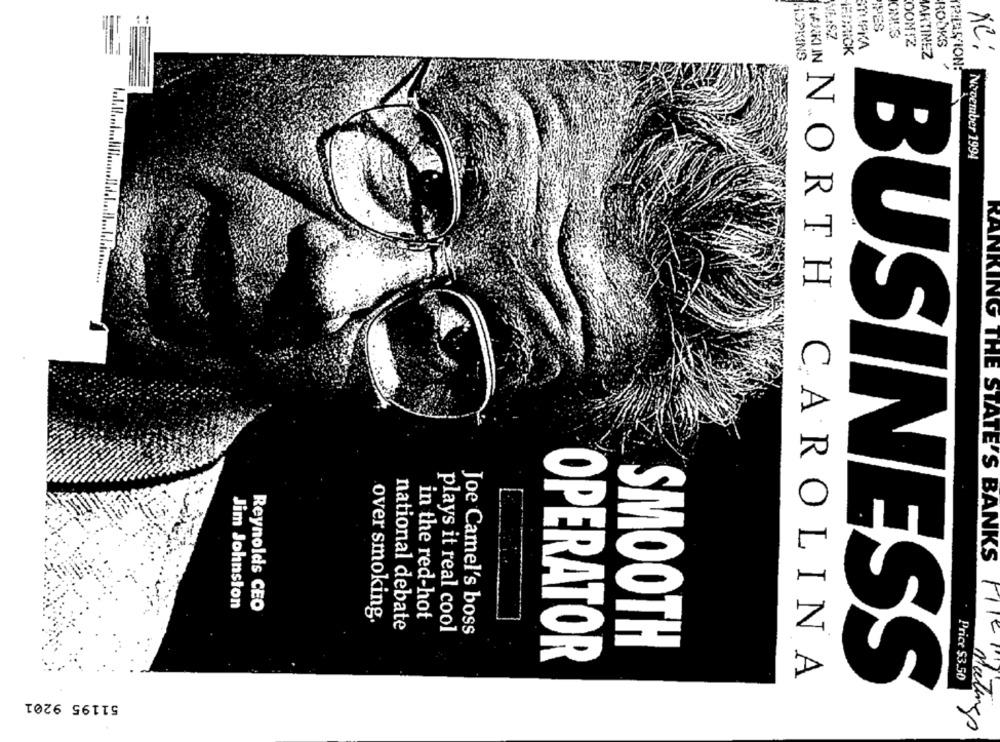
IPES
ONES
OOMTZ
ROOKS
IFDRICK
STUPKA
NC:
HOPKINS
MARKI IN
MARTINEZ
IRILAS ION:
November 1994
Jim Johnston
Reynolds CEO
in the red-hot
over smoking.
national debate
plays it real cool
Joe Camel's boss
THE STATE'S BANKS FI
SMOOTH
OPERATOR
NORTH CAROLINA
BUSINESS
Price $3.50
51195 9201
Malings